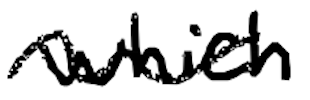
Text: which
Cross-out: wave
Writing tool: digital_black